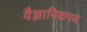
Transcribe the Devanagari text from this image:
वैज्ञानिकगण